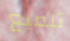
تلميع